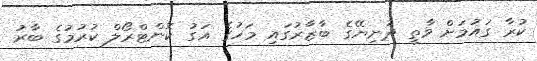
ކުރާ ގައުމަށް ވާތީ ދުނިޔޭގެ ބާޒާރުގައި މަހުގެ އަގު ކޮންޓްރޯލް ކުރުމުގެ ބާރު